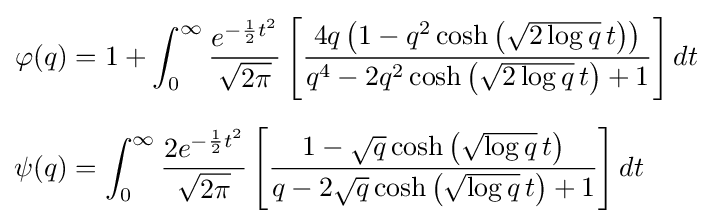
{\begin{aligned}\varphi (q)&=1+\int _{0}^{\infty }{\frac {e^{-{\frac {1}{2}}t^{2}}}{\sqrt {2\pi }}}\left[{\frac {4q\left(1-q^{2}\cosh \left({\sqrt {2\log q}}\,t\right)\right)}{q^{4}-2q^{2}\cosh \left({\sqrt {2\log q}}\,t\right)+1}}\right]dt\\[6pt]\psi (q)&=\int _{0}^{\infty }{\frac {2e^{-{\frac {1}{2}}t^{2}}}{\sqrt {2\pi }}}\left[{\frac {1-{\sqrt {q}}\cosh \left({\sqrt {\log q}}\,t\right)}{q-2{\sqrt {q}}\cosh \left({\sqrt {\log q}}\,t\right)+1}}\right]dt\end{aligned}}